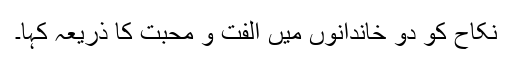
نکاح کو دو خاندانوں میں الفت و محبت کا ذریعہ کہا۔